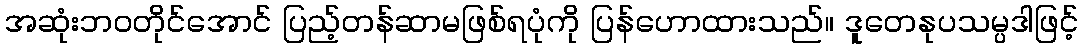
အဆုံးဘဝတိုင်အောင် ပြည့်တန်ဆာမဖြစ်ရပုံကို ပြန်ဟောထားသည်။ ဒူတေနုပသမ္ပဒါဖြင့်